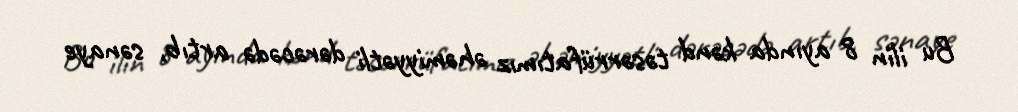
Bu ilin 8 ayında kənd təsərrüfatımız əhəmiyyətli dərəcədə artıb, sənaye